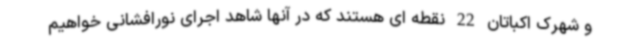
و شهرک اکباتان 22 نقطه ای هستند که در آنها شاهد اجرای نورافشانی خواهیم